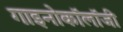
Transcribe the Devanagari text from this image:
गाइनोकॉलॉजी